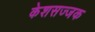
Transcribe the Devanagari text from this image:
केशसज्जक